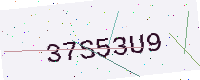
Text: 37S53U9